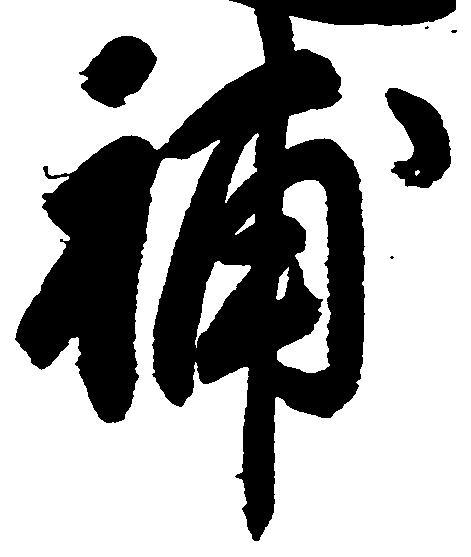
補